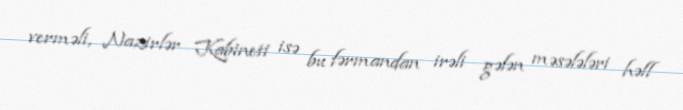
verməli, Nazirlər Kabineti isə bu fərmandan irəli gələn məsələləri həll